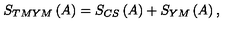
S _ { T M Y M } \left( A \right) = S _ { C S } \left( A \right) + S _ { Y M } \left( A \right) ,